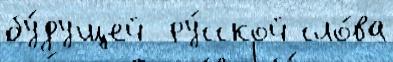
бу́дущей  ру́сской сло́ва